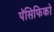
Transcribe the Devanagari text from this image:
पॅसिफिको